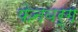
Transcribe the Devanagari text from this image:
फेनबर्ग